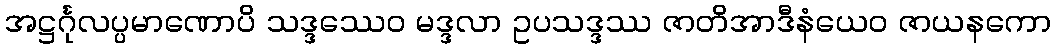
အဋ္ဌင်္ဂုလပ္ပမာဏောပိ သဒ္ဒဿေဝ မဒ္ဒလာ ဥပသဒ္ဒဿ ဇာတိအာဒီနံယေဝ ဇာယနကော